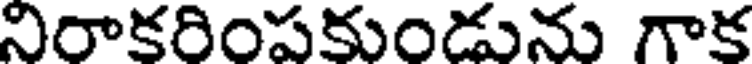
నిరాకరింపకుండును గాక